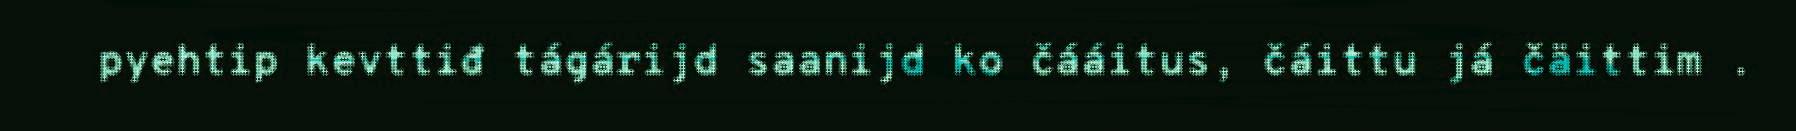
pyehtip kevttiđ tágárijd saanijd ko čááitus, čáittu já čäittim .